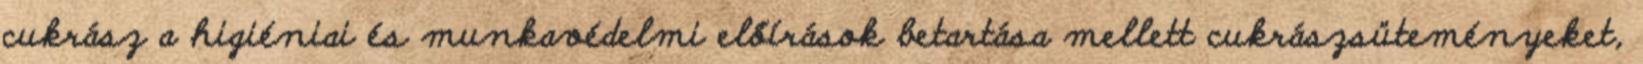
cukrász a higiéniai és munkavédelmi előírások betartása mellett cukrászsüteményeket,